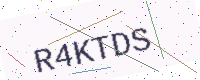
Text: R4KTDS